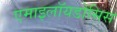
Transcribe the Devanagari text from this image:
एमाइलॉयडोसिस